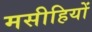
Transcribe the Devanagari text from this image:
मसीहियों